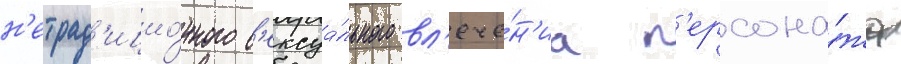
н'етрад'ицио́нного с'ексуа́льного вл'ече́н'иа п'ерсона́жа